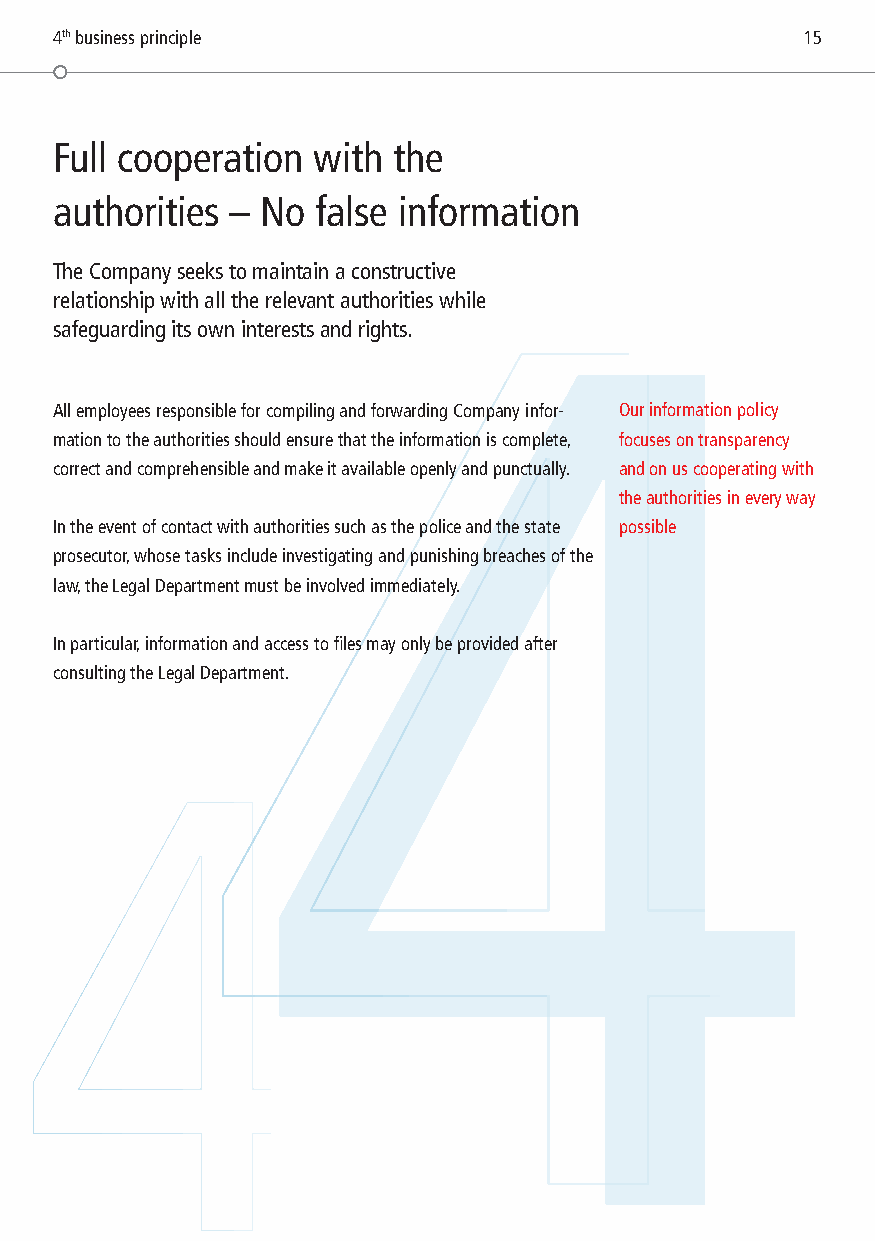
4th business principle                           15
 Full cooperation with the
 authorities – No false information
 The Company seeks to maintain a constructive
 relationship with all the relevant authorities while
 4
 safeguarding its own interests and rights.
 All employees responsible for compiling and forwarding Company infor- Our information policy
 mation to the authorities should ensure that the information is complete, focuses on transparency
 correct and comprehensible and make it available openly and punctually. and on us cooperating with
 the authorities in every way
 In the event of contact with authorities such as the police and the state possible
 prosecutor, whose tasks include investigating and punishing breaches of the
 law, the Legal Department must be involved immediately.
 In particular, information and access to files may only be provided after
 consulting the Legal Department.